Civil Veterinary Dept. Bombay admin report 1914-1922 - 1914-1922
Year: 1914
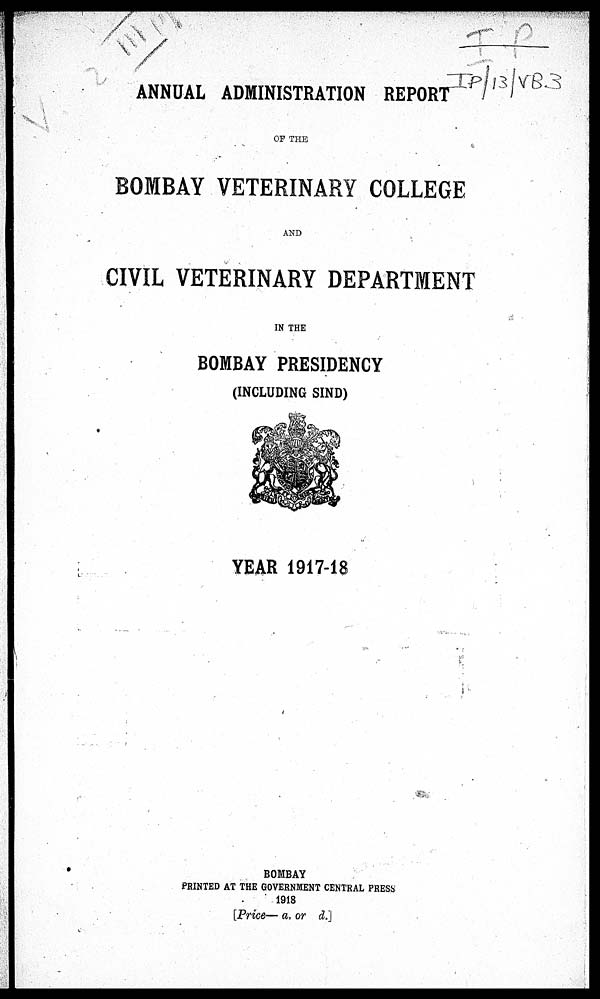
ANNUAL ADMINISTRATION REPORT
OF THE
BOMBAY VETERINARY COLLEGE
AND
CIVIL VETERINARY DEPARTMENT
IN THE
BOMBAY PRESIDENCY
(INCLUDING SIND)
YEAR 1917-18
BOMBAY
PRINTED AT THE GOVERNMENT CENTRAL PRESS
1918
[Price— a. or d.]